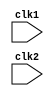
`timescale 1ns / 1ps
//////////////////////////////////////////////////////////////////////////////////
// Company: 
// Engineer: 
// 
// Design Name: 
// Module Name: pipe_MIPS32
// Project Name: 
// Target Devices: 
// Tool Versions: 
// Description: 
// 
// Dependencies: 
// 
// Revision:
// Revision 0.01 - File Created
// Additional Comments:
// 
//////////////////////////////////////////////////////////////////////////////////


module pipe_MIPS32 (clk1, clk2);
    input clk1, clk2; // Two-phase clock

    reg [31:0] PC, IF_ID_IR, IF_ID_NPC;
    reg [31:0] ID_EX_IR, ID_EX_NPC, ID_EX_A, ID_EX_B, ID_EX_Imm;
    reg [2:0]  ID_EX_type, EX_MEM_type, MEM_WB_type;
    reg [31:0] EX_MEM_IR, EX_MEM_ALUOut, EX_MEM_B;
    reg        EX_MEM_cond;
    reg [31:0] MEM_WB_IR, MEM_WB_ALUOut, MEM_WB_LMD;
    
    reg [31:0] Reg [0:31]; // Register bank (32 x 32)
    reg [31:0] Mem [0:1023]; // 1024 x 32 memory

    parameter ADD=6'b000000, SUB=6'b000001, SLT=6'b000100, MUL=6'b000101, 
              SW=6'b001001, ADDI=6'b001010, BNEQZ=6'b001101, BEQZ=6'b001110, 
              AND=6'b000010, OR=6'b000011, HLT=6'b111111, LW=6'b001000, 
              SUBI=6'b001011, SLTI=6'b001100;

    parameter RR_ALU=3'b000, RM_ALU=3'b001, LOAD=3'b010, STORE=3'b011, 
              BRANCH=3'b100, HALT=3'b101; 
    reg HALTED;  
        // Set after HLT instruction is completed (in WB stage) 
    reg TAKEN_BRANCH; 
        // Required to disable instructions after branch
    
    
    always @(posedge clk1) // IF Stage
        if (HALTED == 0) 
        begin
            if (((EX_MEM_IR[31:26] == BEQZ) && (EX_MEM_cond == 1)) || 
                ((EX_MEM_IR[31:26] == BNEQZ) && (EX_MEM_cond == 0))) 
              begin
                IF_ID_IR <= #2 Mem[EX_MEM_ALUOut];
                TAKEN_BRANCH <= #2 1'b1;
                IF_ID_NPC <= #2 EX_MEM_ALUOut + 1;
                PC <= #2 EX_MEM_ALUOut + 1;
              end 
            else 
              begin
                IF_ID_IR <= #2 Mem[PC];
                IF_ID_NPC <= #2 PC + 1;
                PC <= #2 PC + 1;
              end
        end

    always @(posedge clk2) // ID Stage
        if (HALTED == 0) begin
            if (IF_ID_IR[25:21] == 5'b00000) 
                ID_EX_A <= 0;
            else 
                ID_EX_A <= #2 Reg[IF_ID_IR[25:21]]; // "rs"

            if (IF_ID_IR[20:16] == 5'b00000) 
                ID_EX_B <= 0;
            else 
                ID_EX_B <= #2 Reg[IF_ID_IR[20:16]]; // "rt"

            ID_EX_NPC <= #2 IF_ID_NPC;
            ID_EX_IR <= #2 IF_ID_IR;
            ID_EX_Imm <= #2 {{16{IF_ID_IR[15]}}, {IF_ID_IR[15:0]}};

            case (IF_ID_IR[31:26])
                ADD, SUB, AND, OR, SLT, MUL: ID_EX_type <= #2 RR_ALU;
                ADDI, SUBI, SLTI:            ID_EX_type <= #2 RM_ALU;
                LW:                          ID_EX_type <= #2 LOAD;
                SW:                          ID_EX_type <= #2 STORE;
                BNEQZ, BEQZ:                 ID_EX_type <= #2 BRANCH;
                HLT:                         ID_EX_type <= #2 HALT;
                default:                     ID_EX_type <= #2 HALT; // Invalid opcode
            endcase
        end

    always @(posedge clk1) 
    if (HALTED == 0) // EX Stage
    begin
        EX_MEM_type <= #2 ID_EX_type;
        EX_MEM_IR <= #2 ID_EX_IR;
        TAKEN_BRANCH <= #2 0;

        case (ID_EX_type)
        
            RR_ALU: begin
                    case (ID_EX_IR[31:26]) // "opcode"
                        ADD:     EX_MEM_ALUOut <= #2 ID_EX_A + ID_EX_B;
                        SUB:     EX_MEM_ALUOut <= #2 ID_EX_A - ID_EX_B;
                        AND:     EX_MEM_ALUOut <= #2 ID_EX_A & ID_EX_B;
                        OR:      EX_MEM_ALUOut <= #2 ID_EX_A | ID_EX_B;
                        SLT:     EX_MEM_ALUOut <= #2 (ID_EX_A < ID_EX_B);
                        MUL:     EX_MEM_ALUOut <= #2 ID_EX_A * ID_EX_B;
                        default: EX_MEM_ALUOut <= #2 32'hxxxxxxxx;
                    endcase
                    end
                    
            RM_ALU: begin
                    case (ID_EX_IR[31:26]) // "opcode"
                    ADDI:    EX_MEM_ALUOut <= #2 ID_EX_A + ID_EX_Imm;
                    SUBI:    EX_MEM_ALUOut <= #2 ID_EX_A - ID_EX_Imm;
                    SLTI:    EX_MEM_ALUOut <= #2 (ID_EX_A < ID_EX_Imm);
                    default: EX_MEM_ALUOut <= #2 32'hxxxxxxxx;
                    endcase
                    end
                    
            LOAD, STORE: begin
                            EX_MEM_ALUOut <= #2 ID_EX_A + ID_EX_Imm;
                            EX_MEM_B <= #2 ID_EX_B;
                         end
            
            BRANCH: begin
                        EX_MEM_ALUOut <= #2 ID_EX_NPC + ID_EX_Imm;
                        EX_MEM_cond <= #2 (ID_EX_A == 0);
                    end
        endcase
    end

    always @(posedge clk2) // MEM Stage
        if (HALTED == 0) 
        begin
            MEM_WB_type <= EX_MEM_type;
            MEM_WB_IR <= #2 EX_MEM_IR;

            case (EX_MEM_type)
                RR_ALU, RM_ALU: 
                    MEM_WB_ALUOut <= #2 EX_MEM_ALUOut;
                LOAD: 
                    MEM_WB_LMD <= #2 Mem[EX_MEM_ALUOut];
                STORE: if (TAKEN_BRANCH == 0) // Disable write
                    Mem[EX_MEM_ALUOut] <= #2 EX_MEM_B;
            endcase
        end

    always @(posedge clk1) // WB Stage
    begin
        if (TAKEN_BRANCH == 0) // Disable write if branch taken
            case (MEM_WB_type)
                RR_ALU: Reg[MEM_WB_IR[15:11]] <= #2 MEM_WB_ALUOut; // "rd"
                RM_ALU: Reg[MEM_WB_IR[20:16]] <= #2 MEM_WB_ALUOut; // "rt"
                LOAD:   Reg[MEM_WB_IR[20:16]] <= #2 MEM_WB_LMD; // "rt"
                HALT:   HALTED <= #2 1'b1;
            endcase
    end
endmodule